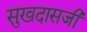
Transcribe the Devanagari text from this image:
सुखदासजी